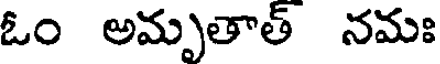
ఓం అమృతాత్ నమః